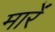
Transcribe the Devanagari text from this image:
मारेंं